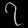
Digit: ၇